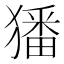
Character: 㺕